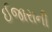
ઈજારાની